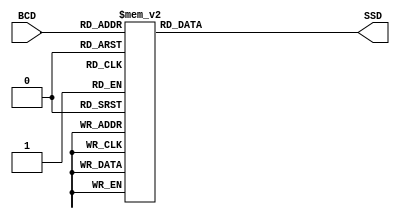
// This program was cloned from: https://github.com/HUZAIFA-TARIQ/GIKI-TapeOut-2
// License: Apache License 2.0

`timescale 1ns / 1ps
//////////////////////////////////////////////////////////////////////////////////
// Company: 
// Engineer: 
// 
// Design Name: 
// Module Name: bcd_to_SSG
// Project Name: 
// Target Devices: 
// Tool Versions: 
// Description: 
// 
// Dependencies: 
// 
// Revision:
// Revision 0.01 - File Created
// Additional Comments:
// 
//////////////////////////////////////////////////////////////////////////////////


module bcd_to_SSG(
        input [3:0] BCD,
        output reg [7:0] SSD
    );
    
    always @(*)
    begin
        case(BCD)
        0:     SSD     <= 8'hc0;
        1:     SSD     <= 8'hf9;
        2:     SSD     <= 8'ha4;
        3:     SSD     <= 8'hb0;
        4:     SSD     <= 8'h99;
        5:     SSD     <= 8'h92;
        6:     SSD     <= 8'h82;
        7:     SSD     <= 8'hf8;
        8:     SSD     <= 8'h80;
        9:     SSD     <= 8'h98;
     //  10:    SSD     <= 8'b10001000; // A */8'b10111111;//daah
     //  11:    SSD     <= 8'b10000001;
     //  12:    SSD     <= 8'b11000110;
     //  13:    SSD     <= 8'b11000000;
     //  14:    SSD     <= 8'b10000110;
     //  15:    SSD     <= 8'b10001110;
        default: SSD   <= 8'b11000000;
        endcase
    end
    
    
    
    
endmodule